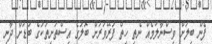
ފެން ބިލަށް ވިސްނާލުމެއް ނެތި ހިތް ފުރޭވަރަށް ބޮލުގެ އިސްތަށިތަކުގެ ބުޑަށް ދާނި